Leaving Certificate Examination (including Day School Certificate (Higher) General paper), 1927
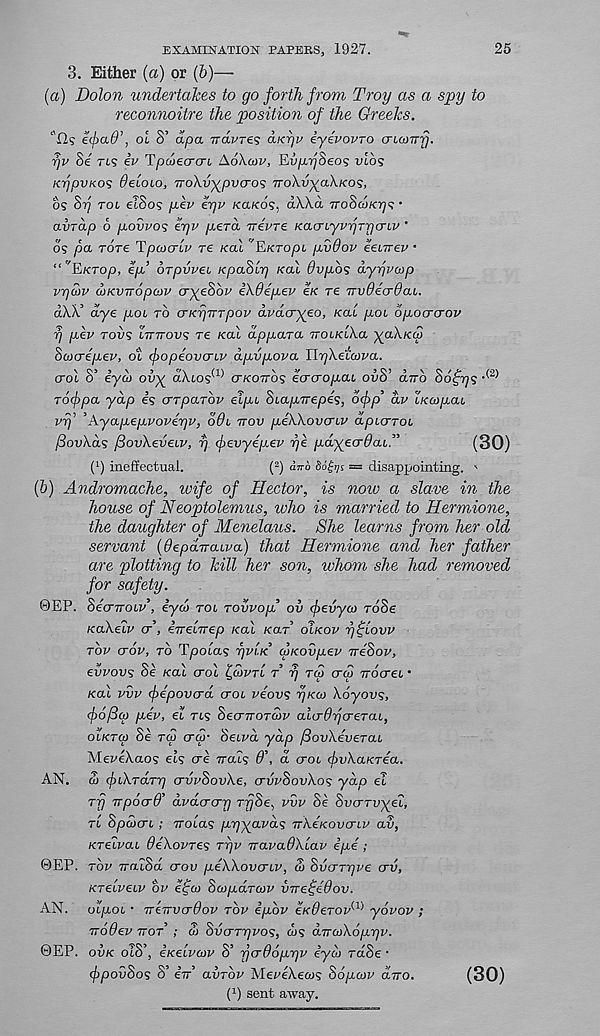
25
EXAMINATION PAPERS, 1927.
3. Either (a) or (6)—
(a) Dolon undertakes to go forth from Troy as a spy to
reconnoitre the position of the Greeks.
‘'12s efad’, ol 8’ dpa TTavre? aK-qv iyevovro cnamrj.
rjv Se rts eV Tpcoecro-t, Aohcov, EvpySeos vi6s
KrjpvKOS Oeioio, TroKv^pvcros Trohy-yoAxos,
os 8y Toi eTSos pev eyv KCLKOS, a\Xa Tro8d>K.r)s •
avrap 6 povvos eqv pera Trevre Kacn.'yvyTrjcnv ’
os pa rare Tpcocru; re Kal 'EKropi pvdov eeiirei’ •
“’'EKTop, ep’ brpvveL KpaBtr) Kal 6vpb<; dyiqvcop
vr]u)v ojKVTTopcov cr^eSov iXOepev EK TE TTvOso'daL.
aW’ dyE pot TO (TKTjTTTpov dvdcryEo, Kai poL opoucrov
y pEV TOPS liTTrovs TE Kal dppaTa voLKiha ~)(aXKcp
ScocrEpEV, ot fopEovcrLV dpvpova IhqXELCova.
crol S’ iycb oi>)^ d)uos (1) CT/COTTOS Ecrcropai, ovS’ dub Sof^s ,(2)
Tofpa yap is crTpaTov elpc Sta/xirepes, oc/jp’ dv LKcopai
vrj’ hXyapEpvoverjV, O0L TTOV pEkXovcriv dpujTOL
fiovXds /3OVXEVELV, r) (f>EvyEp.Ev yi pdyEcrdai”
(30)
( x ) ineffectual.
( 3 ) atro Sd^s = disappointing. '
(5) Andromache, wife of Hector, is now a slave in the
house of Neoptolemus, who is married to Hermione,
the daughter of Menelaus. She learns from her old
servant (OEpauaiva) that Hermione and her father
are plotting to kill her son, whom she had removed
for safety.
©EP. hicnroiv, iyd> TOL rovvop ov (j)Evyo) T68E
KaXelv cr, iireluep Kal Kar OLKOV y^iovv
TOV crop, TO Tpoias yvi.K cpKovpev TTESOV,
EVVOVS SE Kal crol £<Szm T’ y T<U CTW Trocret •
Kal vvv fepovcrd croc viovs yKa> Xoyovs,
fofico pep, EL TLS SecrrroTaiv alcrdycrETaL,
OLKTO) Si TCO era!- SELVO, yap fiovXEveTai
MsveXaos ELS ere vrals d\ a CTOL fvXaKTEa.
AN. d) (j)LXTCLTy CTVVSOVXE, crvvSovXos yap EL
ry TTpocrO' dvdcrcrrj rfjSE, vvv Se SvcrTvyEL,
TL SpdcrL ; uolas pyyavds TTXEKOVCTLV av,
KTEivaL OEXOVTES Tyv uavaOXlav ipe ;
©EP. TOV TraeSa crov psXXovcrLV, S) SvcrryvE erv,
KTELVELV OV E^CO SatpOLTCOV VITE^idoV.
AN. olpoL • TTETTverOov TOP ipbv EKOETOV 1^ yovov ;
TTOOEV TTOT ; at Svcrryvos, cos dircoXopyv.
©EP. OVK oiS\ EKELVCOV S’ fj<j66pyv iyd) TCLSE ■
(fjpovSos S’ iu avrov XIEVEXEMS Sopcov duo.
( 1 ) sent away.
(30)